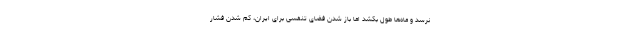
نرسد و ماه‌ها طول بکشد اما باز شدن فضای تنفسی برای ایران، کم شدن فشار